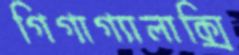
গিগাগ্যালাক্সি